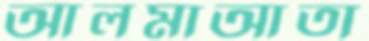
আলমাআতা